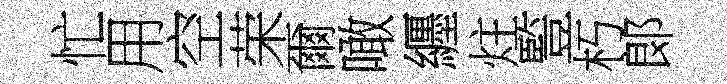
忙用空荣爾噉纒炷䜿朽郞